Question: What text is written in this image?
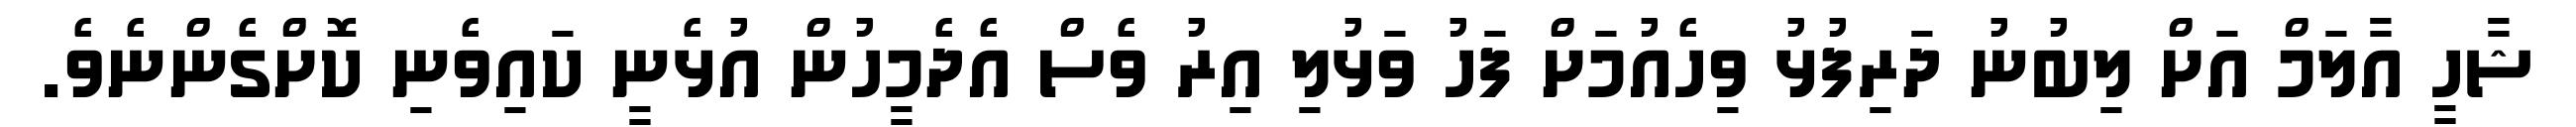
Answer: ޝާހީ އާލަމް އަށް ލިބުނު ދަރިފުޅު ވިހެއުމަށް ފަހު ވަޅުލި އިރު ވެސް އެދެމީހުން އުޅެނީ ކައިވެނި ކޮށްގެންނެވެ.